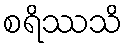
စရိဿသိ